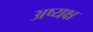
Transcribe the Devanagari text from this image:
अष्यक्ष